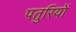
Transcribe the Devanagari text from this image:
पतुरियों